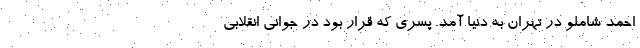
احمد شاملو در تهران به دنیا آمد. پسری که قرار بود در جوانی انقلابی